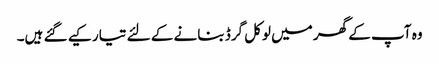
وہ آپ کے گھر میں لوکل گرڈ بنانے کے لئے تیار کیے گئے ہیں۔